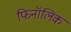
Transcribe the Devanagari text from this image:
फिनॉलिक